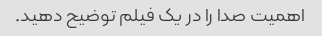
اهمیت صدا را در یک فیلم توضیح دهید.